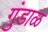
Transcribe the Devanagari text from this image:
गुंडाळ